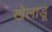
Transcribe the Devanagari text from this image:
खेलाडू